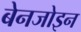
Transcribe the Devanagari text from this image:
बेनजोइन